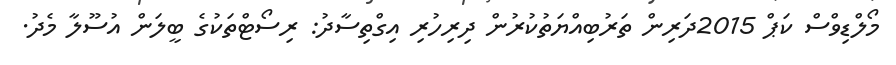
މޯލްޑިވްސް ކަޕް 2015ދަރިން ތަރުބިއްޔަތުކުރުން ދިރިހުރި އިގްތިސާދު: ރިސޯޓްތަކުގެ ބީލަން އުސޫލާ މެދު.